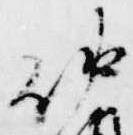
仲